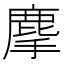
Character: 𪊗